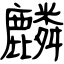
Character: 麟